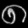
Digit: ၈